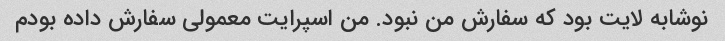
نوشابه لایت بود که سفارش من نبود. من اسپرایت معمولی سفارش داده بودم